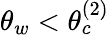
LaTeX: \theta_{w}<\theta_{c}^{(2)}